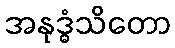
အနုဒ္ဓံသိတော